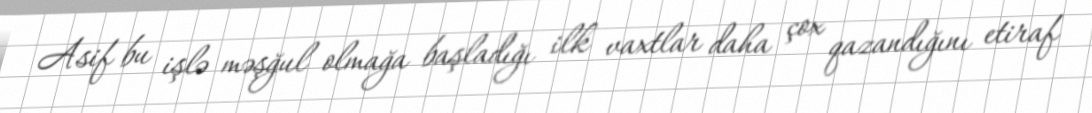
Asif bu işlə məşğul olmağa başladığı ilk vaxtlar daha çox qazandığını etiraf